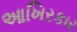
આખિરકાર